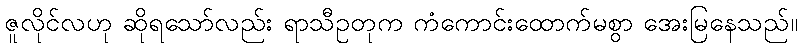
ဇူလိုင်လဟု ဆိုရသော်လည်း ရာသီဥတုက ကံကောင်းထောက်မစွာ အေးမြနေသည်။